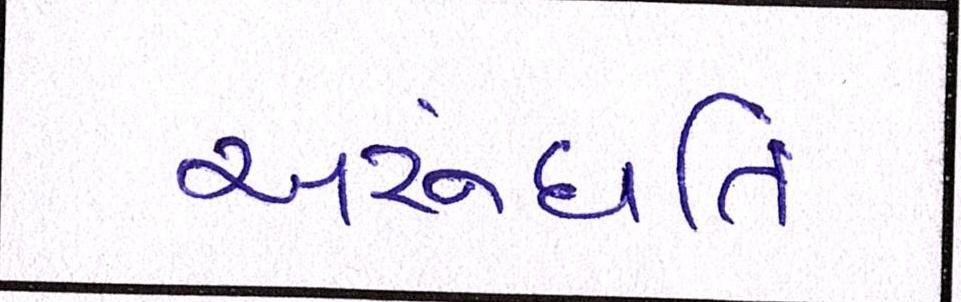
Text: અરુંધતિ